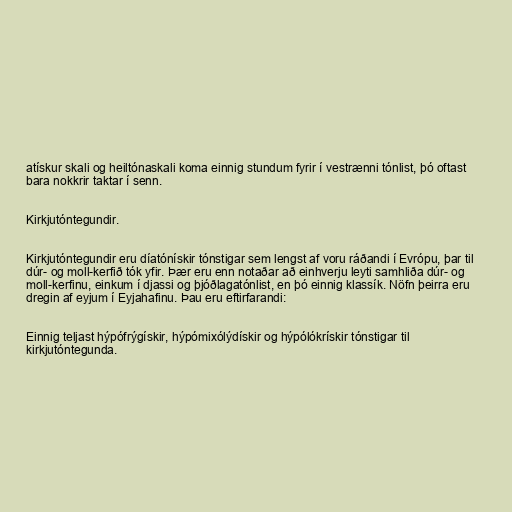
atískur skali og heiltónaskali koma einnig stundum fyrir í vestrænni tónlist, þó oftast
bara nokkrir taktar í senn.

Kirkjutóntegundir.

Kirkjutóntegundir eru díatónískir tónstigar sem lengst af voru ráðandi í Evrópu, þar til
dúr- og moll-kerfið tók yfir. Þær eru enn notaðar að einhverju leyti samhliða dúr- og
moll-kerfinu, einkum í djassi og þjóðlagatónlist, en þó einnig klassík. Nöfn þeirra eru
dregin af eyjum í Eyjahafinu. Þau eru eftirfarandi:

Einnig teljast hýpófrýgískir, hýpómixólýdískir og hýpólókrískir tónstigar til
kirkjutóntegunda.